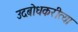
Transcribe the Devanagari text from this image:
उदबोधकरीत्या